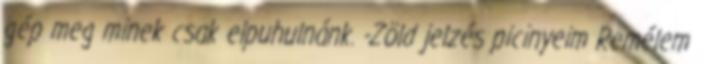
gép meg minek csak elpuhulnánk. -Zöld jelzés picinyeim Remélem